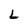
Character: L